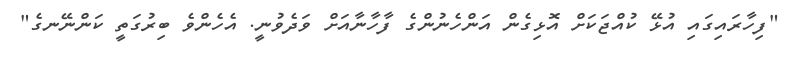
"ފިހާރައިގައި އުޅޭ ކުއްޖަކަށް އޮޅިގެން އަންހެނުންގެ ފާހާނާއަށް ވަދެވުނީ. އެހެންވެ ބިރުގަތީ ކަންނޭނގެ"